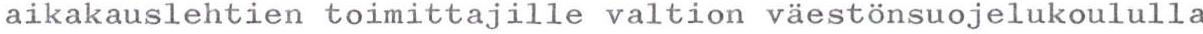
aikakauslehtien toimittajille valtion väestönsuojelukoululla